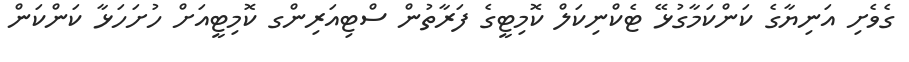
ގެވެށި އަނިޔާގެ ކަންކަމާގުޅޭ ޓެކްނިކަލް ކޮމިޓީގެ ފަރާތުން ސްޓިއަރިންގ ކޮމިޓީއަށް ހުށަހަޅާ ކަންކަން